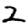
Digit: 2